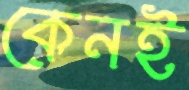
কেনই